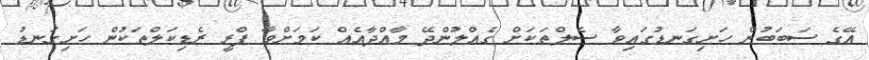
އޭގެ ސަބަބުން ހަށިގަނޑުގައިވާ ސެލްތަކަށް ގެއްލުންދޭ މާއްދާއެއް ކަމަށްވާ ފްރީ ރެޑިކަލްތަކުން ހަށިގަނޑު